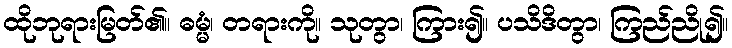
ထိုဘုရားမြတ်၏။ ဓမ္မံ၊ တရားကို။ သုတွာ၊ ကြား၍။ ပသိဒိတွာ၊ ကြည်ညို၍။